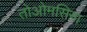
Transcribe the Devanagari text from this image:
तोओमसिना